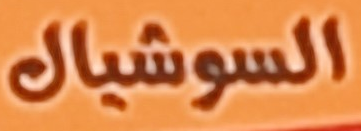
السوشيال